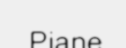
Piane